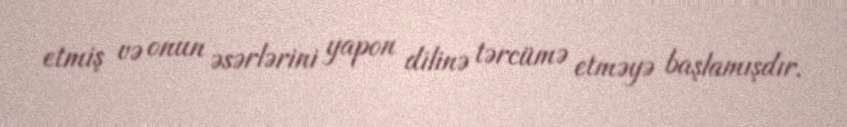
etmiş və onun əsərlərini yapon dilinə tərcümə etməyə başlamışdır.